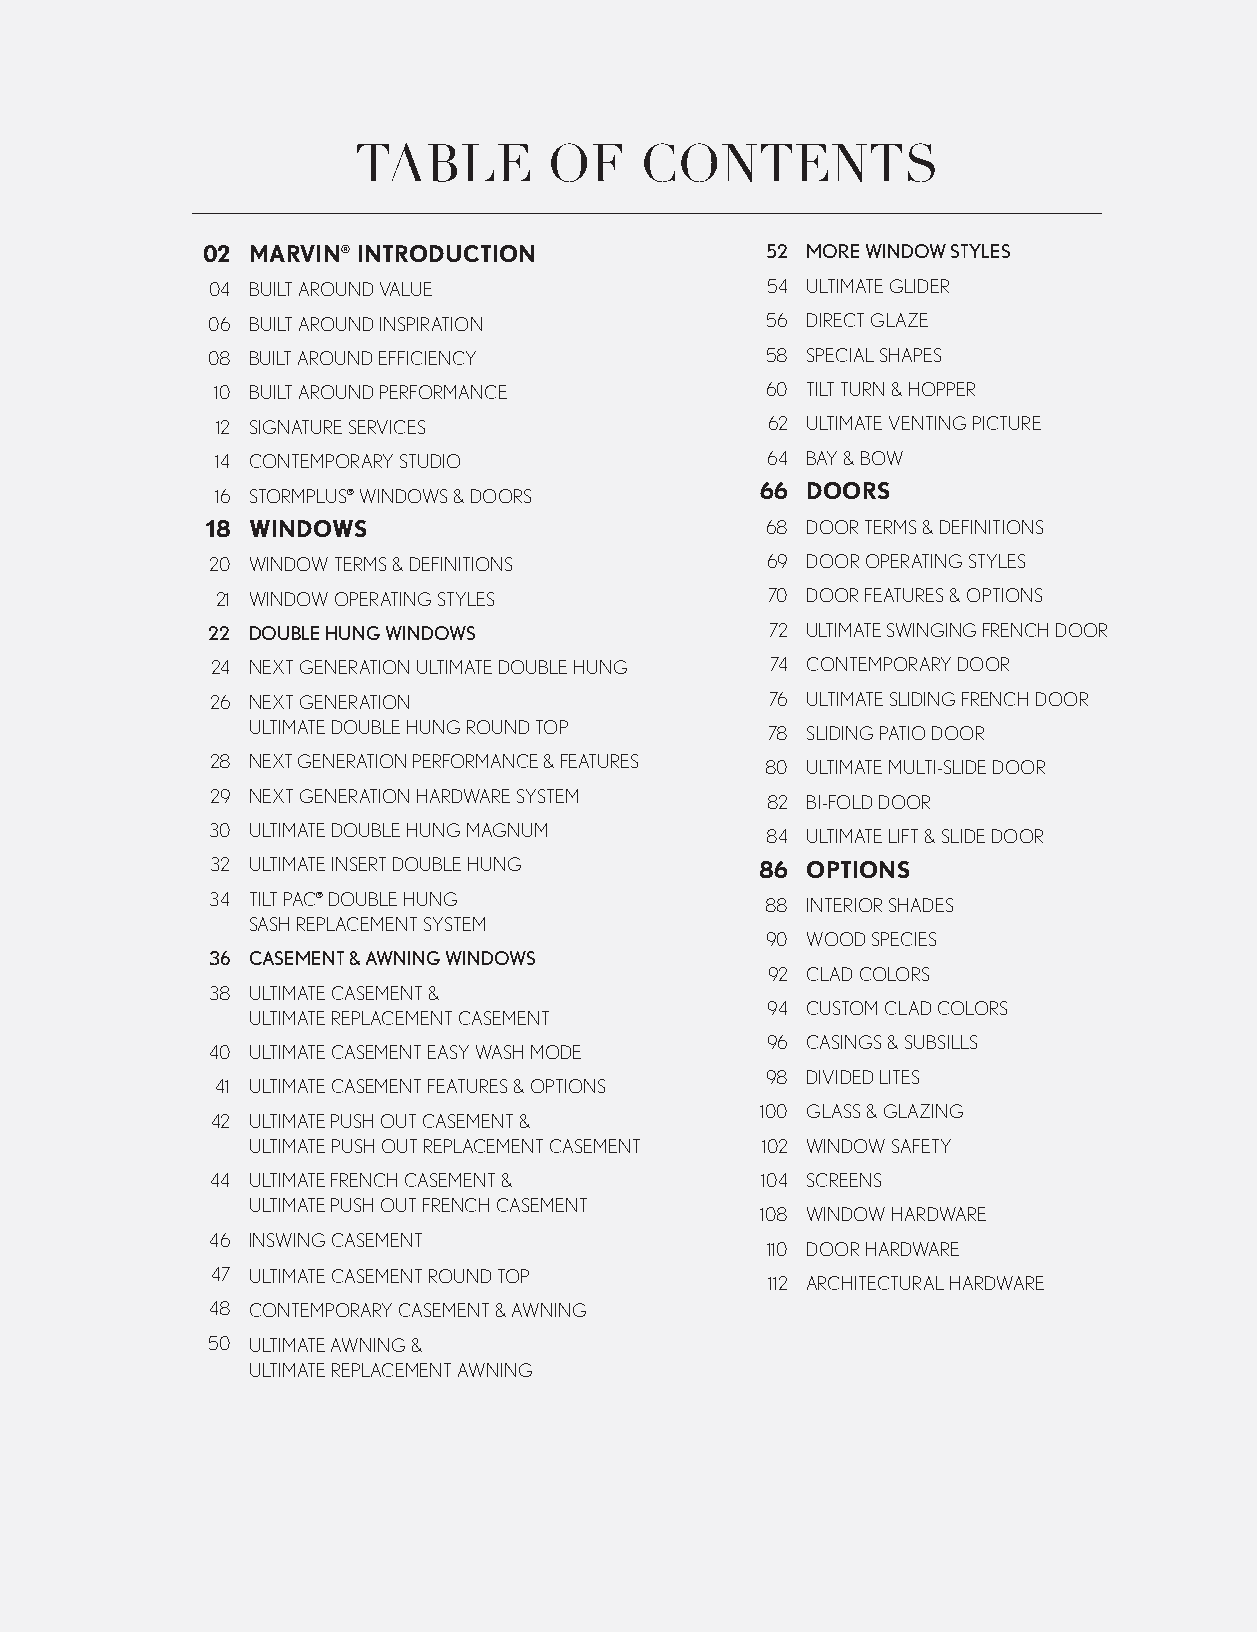
TABLE       OF    CONTENTS
 02 MARVIN® INTRODUCTION               52 MORE WINDOW STYLES
 04 BUILT AROUND VALUE                54 ULTIMATE GLIDER
 06 BUILT AROUND INSPIRATION          56 DIRECT GLAZE
 08 BUILT AROUND EFFICIENCY           58 SPECIAL SHAPES
 10 BUILT AROUND PERFORMANCE          60 TILT TURN & HOPPER
 12 SIGNATURE SERVICES                62 ULTIMATE VENTING PICTURE
 14 CONTEMPORARY STUDIO               64 BAY & BOW
 66 DOORS
 16 STORMPLUS® WINDOWS & DOORS
 18 WINDOWS                           68 DOOR TERMS & DEFINITIONS
 20 WINDOW TERMS & DEFINITIONS        69 DOOR OPERATING STYLES
 21 WINDOW OPERATING STYLES           70 DOOR FEATURES & OPTIONS
 22 DOUBLE HUNG WINDOWS               72 ULTIMATE SWINGING FRENCH DOOR
 24 NEXT GENERATION ULTIMATE DOUBLE HUNG 74 CONTEMPORARY DOOR
 26 NEXT GENERATION                   76 ULTIMATE SLIDING FRENCH DOOR
 ULTIMATE DOUBLE HUNG ROUND TOP     78 SLIDING PATIO DOOR
 28 NEXT GENERATION PERFORMANCE & FEATURES 80 ULTIMATE MULTI-SLIDE DOOR
 29 NEXT GENERATION HARDWARE SYSTEM   82 BI-FOLD DOOR
 30 ULTIMATE DOUBLE HUNG MAGNUM       84 ULTIMATE LIFT & SLIDE DOOR
 32 ULTIMATE INSERT DOUBLE HUNG      86 OPTIONS
 34 TILT PAC® DOUBLE HUNG             88 INTERIOR SHADES
 SASH REPLACEMENT SYSTEM
 90 WOOD SPECIES
 36 CASEMENT & AWNING WINDOWS
 92 CLAD COLORS
 38 ULTIMATE CASEMENT &
 94 CUSTOM CLAD COLORS
 ULTIMATE REPLACEMENT CASEMENT
 96 CASINGS & SUBSILLS
 40 ULTIMATE CASEMENT EASY WASH MODE
 98 DIVIDED LITES
 41 ULTIMATE CASEMENT FEATURES & OPTIONS
 100 GLASS & GLAZING
 42 ULTIMATE PUSH OUT CASEMENT &
 ULTIMATE PUSH OUT REPLACEMENT CASEMENT 102 WINDOW SAFETY
 44 ULTIMATE FRENCH CASEMENT &       104 SCREENS
 ULTIMATE PUSH OUT FRENCH CASEMENT
 108 WINDOW HARDWARE
 46 INSWING CASEMENT
 110 DOOR HARDWARE
 47 ULTIMATE CASEMENT ROUND TOP
 112 ARCHITECTURAL HARDWARE
 48 CONTEMPORARY CASEMENT & AWNING
 50 ULTIMATE AWNING &
 ULTIMATE REPLACEMENT AWNING